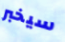
سيخبر